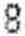
8